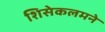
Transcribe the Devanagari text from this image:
शिसेकलमने